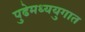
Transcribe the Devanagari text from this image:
पुढेमध्ययुगात